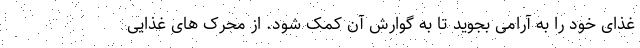
غذای خود را به آرامی بجوید تا به گوارش آن کمک شود. از محرک های غذایی